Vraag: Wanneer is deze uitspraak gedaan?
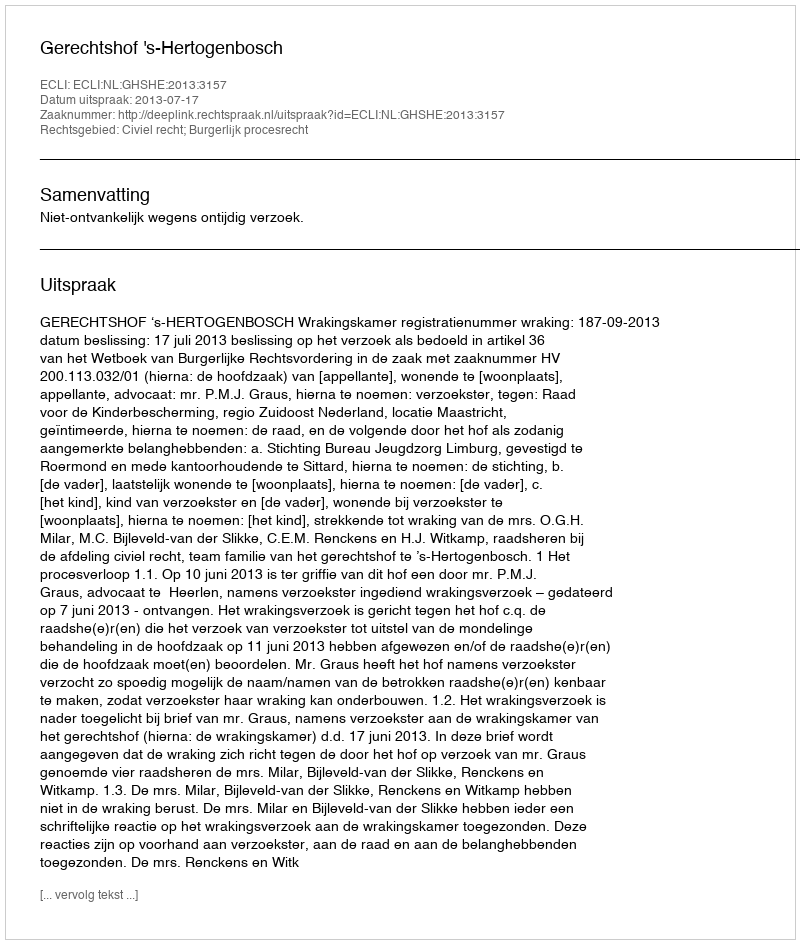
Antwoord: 2013-07-17